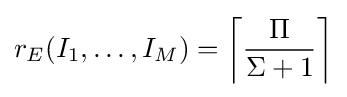
r_{E}(I_{1},\ldots ,I_{M})=\left\lceil {\frac {\Pi }{\Sigma +1}}\right\rceil